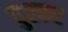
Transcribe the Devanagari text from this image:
पुश्कर